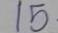
15